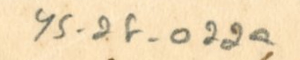
YS_2F_022a